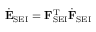
\dot { \mathbf { E } } _ { \mathrm { S E I } } = \mathbf { F } _ { \mathrm { S E I } } ^ { \mathrm { T } } \dot { \mathbf { F } } _ { \mathrm { S E I } }